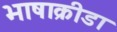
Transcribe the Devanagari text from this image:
भाषाक्रीडा